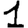
Digit: 1